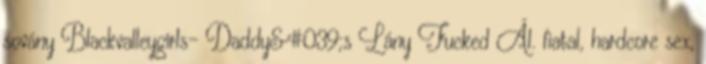
sovány Blackvalleygirls- Daddy&#039;s Lány Fucked Ál. fiatal, hardcore sex,